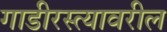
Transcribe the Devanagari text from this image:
गाडीरस्त्यावरील